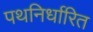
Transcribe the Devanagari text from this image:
पथनिर्धारित